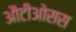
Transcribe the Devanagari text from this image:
औटीओसस